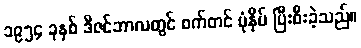
၁၉၅၄ ခုနှစ် ဒီဇင်ဘာလတွင် စက်တင် ပုံနှိပ် ပြီးစီးခဲ့သည်။